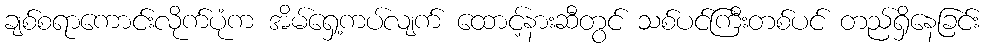
ချစ်စရာကောင်းလိုက်ပုံက အိမ်ရှေ့ကပ်လျက် ထောင့်နားဆီတွင် သစ်ပင်ကြီးတစ်ပင် တည်ရှိနေခြင်း